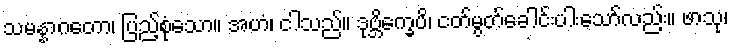
သမန္နာဂတော၊ ပြည့်စုံသော။ အဟံ၊ ငါသည်။ ဒုဗ္ဘိက္ခေပိ၊ ငတ်မွတ်ခေါင်းပါးသော်လည်း။ ဖာသု၊